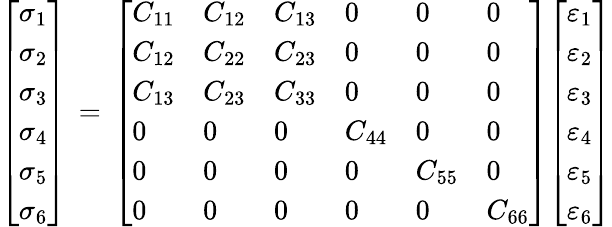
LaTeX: {\left[\begin{array}{l}{\sigma_{1}}\\ {\sigma_{2}}\\ {\sigma_{3}}\\ {\sigma_{4}}\\ {\sigma_{5}}\\ {\sigma_{6}}\end{array}\right]}\, =\, {\left[\begin{array}{llllll}{C_{11}}&{C_{12}}&{C_{13}}&{0}&{0}&{0}\\ {C_{12}}&{C_{22}}&{C_{23}}&{0}&{0}&{0}\\ {C_{13}}&{C_{23}}&{C_{33}}&{0}&{0}&{0}\\ {0}&{0}&{0}&{C_{44}}&{0}&{0}\\ {0}&{0}&{0}&{0}&{C_{55}}&{0}\\ {0}&{0}&{0}&{0}&{0}&{C_{66}}\end{array}\right]}{\left[\begin{array}{l}{\varepsilon_{1}}\\ {\varepsilon_{2}}\\ {\varepsilon_{3}}\\ {\varepsilon_{4}}\\ {\varepsilon_{5}}\\ {\varepsilon_{6}}\end{array}\right]}